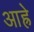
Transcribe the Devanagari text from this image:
आह्रे